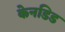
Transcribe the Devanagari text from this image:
केनडिड